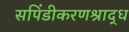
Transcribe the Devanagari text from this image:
सपिंडीकरणश्राद्ध